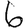
Digit: 6